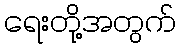
ရေးတို့အတွက်